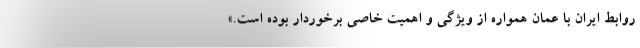
روابط ایران با عمان همواره از ویژگی و اهمیت خاصی برخوردار بوده است.»